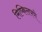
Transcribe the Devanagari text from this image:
मिष्किलपणे